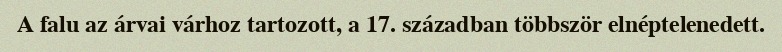
A falu az árvai várhoz tartozott, a 17. században többször elnéptelenedett.